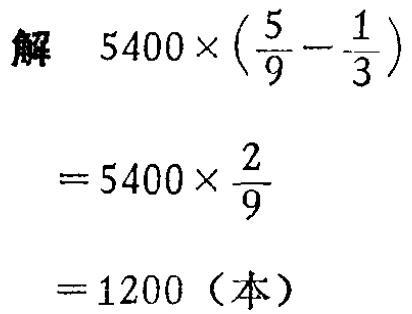
\[

\begin{align*}

&解\quad5400\times(\frac{5}{9}-\frac{1}{3})\\

&=5400\times\frac{2}{9}\\

&=1200（本）

\end{align*}

\]